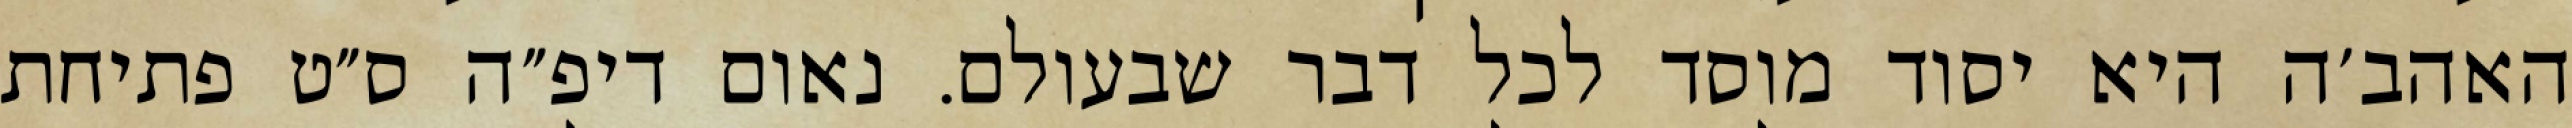
האהב׳ה היא יסוד מוסד לכל דבר שבעולם. נאום דיפ״ה ס״ט פתיחת